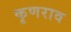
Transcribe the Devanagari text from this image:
कृणराव